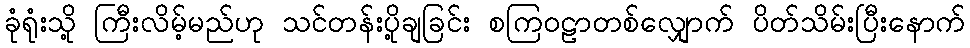
ခုံရုံးသို့ ကြီးလိမ့်မည်ဟု သင်တန်းပို့ချခြင်း စကြဝဠာတစ်လျှောက် ပိတ်သိမ်းပြီးနောက်